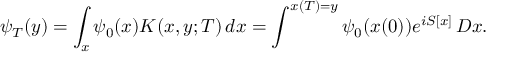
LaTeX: \psi _ { T } ( y ) = \int _ { x } \psi _ { 0 } ( x ) K ( x , y ; T ) \, d x = \int ^ { x ( T ) = y } \psi _ { 0 } ( x ( 0 ) ) e ^ { i S [ x ] } \, D x .